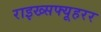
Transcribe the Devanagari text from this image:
राइख्सफ्यूहरर